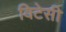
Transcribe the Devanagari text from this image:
विटेसी